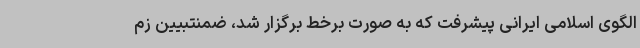
الگوی اسلامی ایرانی پیشرفت که به صورت برخط برگزار شد، ضمنتبیین زم